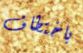
باختطاف